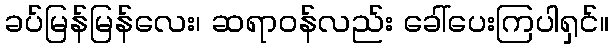
ခပ်မြန်မြန်လေး၊ ဆရာဝန်လည်း ခေါ်ပေးကြပါရှင်။